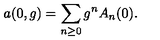
a ( 0 , g ) = \sum _ { n \geq 0 } g ^ { n } A _ { n } ( 0 ) .